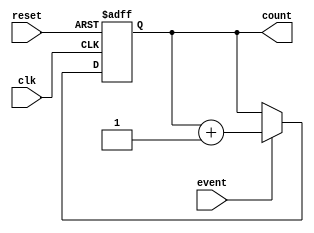
module Counter(
    input clk,
    input reset,
    input event,
    output reg [7:0] count
);

always @(posedge clk or posedge reset) begin
    if (reset) begin
        count <= 8'b0;
    end else begin
        if (event) begin
            count <= count + 1;
        end
    end
end

endmodule